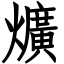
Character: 爌